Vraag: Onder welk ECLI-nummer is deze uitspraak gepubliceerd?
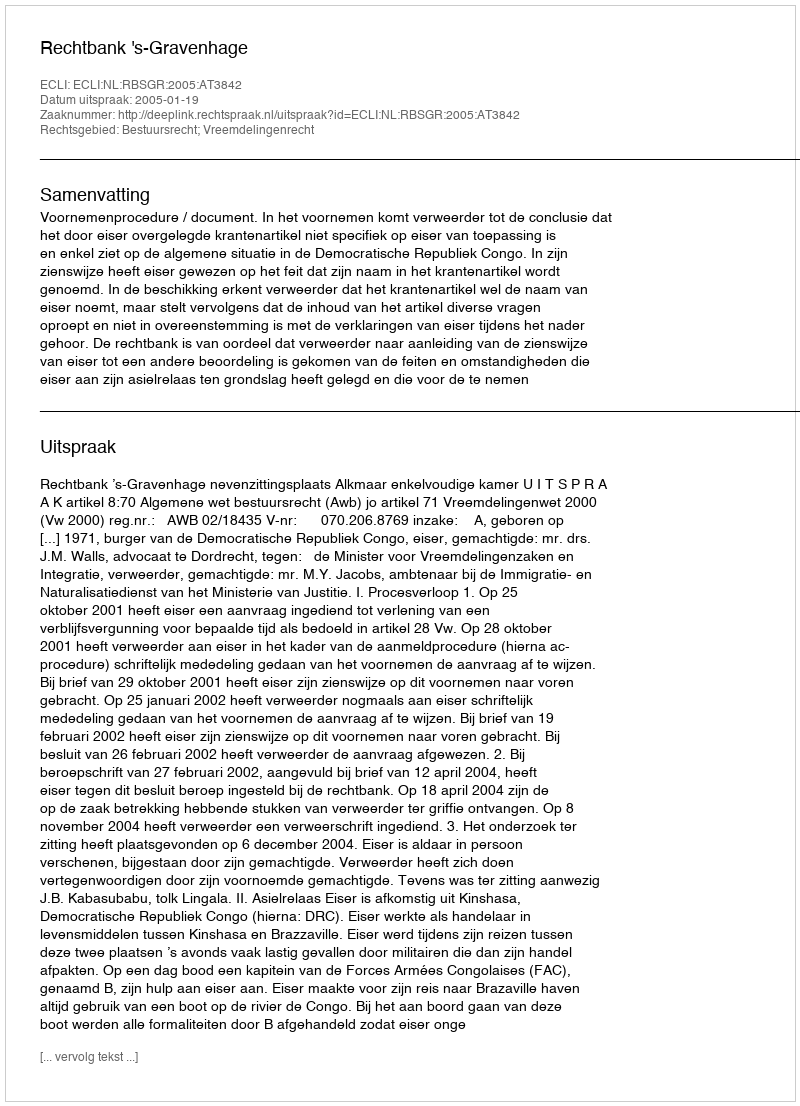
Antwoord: ECLI:NL:RBSGR:2005:AT3842